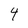
Character: 4